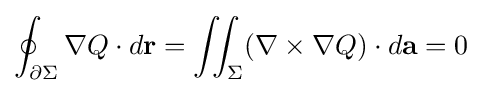
\oint _{\partial \Sigma }\nabla Q\cdot d\mathbf {r} =\iint _{\Sigma }(\nabla \times \nabla Q)\cdot d\mathbf {a} =0